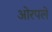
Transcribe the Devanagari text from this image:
ओरपले